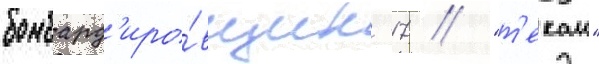
бомбард'иро́вщик -17 // "т'екаи"